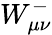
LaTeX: W_{\mu\nu}^{-}